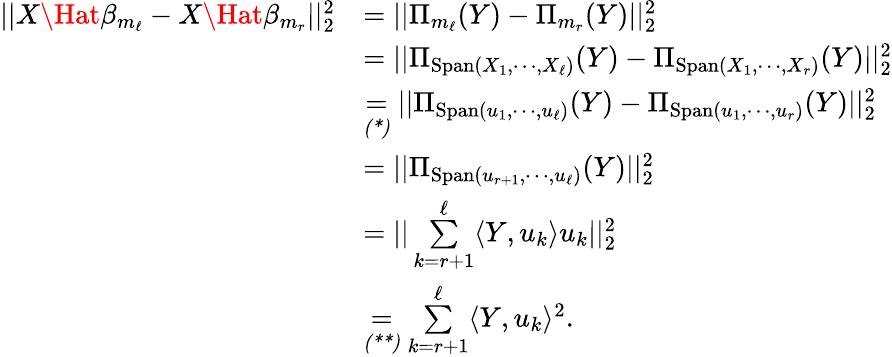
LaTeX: \begin{array}{rl}{||X\Hat{\beta}_{m_{\ell}}-X\Hat{\beta}_{m_{r}}||_{2}^{2}}&{=||\Pi_{m_{\ell}}(Y)-\Pi_{m_{r}}(Y)||_{2}^{2}}\\ &{=||\Pi_{\mathrm{Span}(X_{1},\cdots,X_{\ell})}(Y)-\Pi_{\mathrm{Span}(X_{1},\cdots,X_{r})}(Y)||_{2}^{2}}\\ &{\underset{\textit{(*)}}{=}||\Pi_{\mathrm{Span}(u_{1},\cdots,u_{\ell})}(Y)-\Pi_{\mathrm{Span}(u_{1},\cdots,u_{r})}(Y)||_{2}^{2}}\\ &{=||\Pi_{\mathrm{Span}(u_{r+1},\cdots,u_{\ell})}(Y)||_{2}^{2}}\\ &{=||\underset{k=r+1}{\overset{\ell}{\sum}}\langle Y,u_{k}\rangle u_{k}||_{2}^{2}}\\ &{\underset{\textit{(**)}}{=}\underset{k=r+1}{\overset{\ell}{\sum}}\langle Y,u_{k}\rangle^{2}.}\end{array}